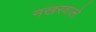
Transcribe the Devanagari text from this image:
नखरवाले